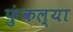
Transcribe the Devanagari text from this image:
फुंकल्या